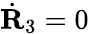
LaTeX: \dot{\mathbf R}_{3}=0